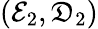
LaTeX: (\mathcal{E}_{2},\mathfrak{D}_{2})